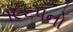
૧૯૬૫નો